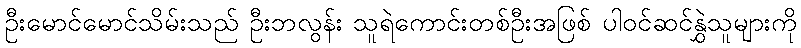
ဦးမောင်မောင်သိမ်းသည် ဦးဘလွန်း သူရဲကောင်းတစ်ဦးအဖြစ် ပါဝင်ဆင်နွှဲသူများကို